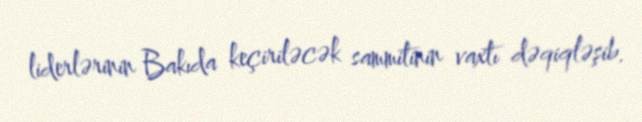
liderlərinin Bakıda keçiriləcək sammitinin vaxtı dəqiqləşib.